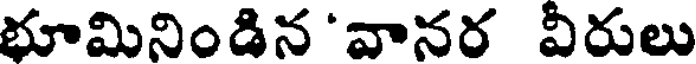
భూమినిండిన 'వానర వీరులు